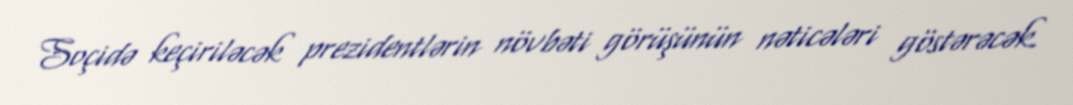
Soçidə keçiriləcək prezidentlərin növbəti görüşünün nəticələri göstərəcək.